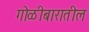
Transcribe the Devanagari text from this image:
गोळीबारातील